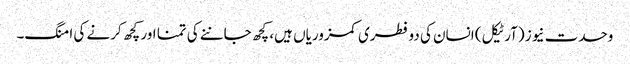
وحدت نیوز (آرٹیکل) انسان کی دو فطری کمزوریاں ہیں، کچھ جاننے کی تمنا اور کچھ کرنے کی امنگ۔